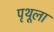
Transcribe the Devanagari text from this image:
पृथूला